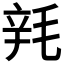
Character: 㲔